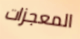
المعجزات